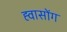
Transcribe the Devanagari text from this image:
ह्वासोंग